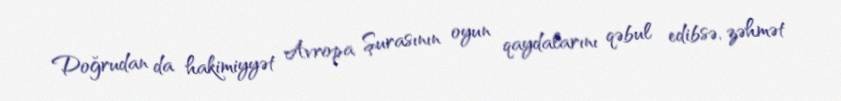
Doğrudan da hakimiyyət Avropa Şurasının oyun qaydalarını qəbul edibsə, zəhmət